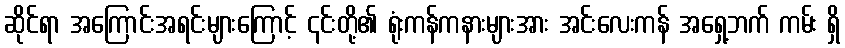
ဆိုင်ရာ အကြောင်းအရင်းများကြောင့် ၎င်းတို့၏ ရုံးကန်ကနားများအား အင်းလေးကန် အရှေ့ဘက် ကမ်း ရှိ